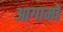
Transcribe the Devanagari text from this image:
आगामों